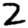
Digit: 2